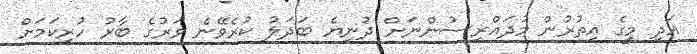
އަދި މީގެ އިތުރުން މުދައްރިސުންނަށް ދުނިޔެ ބަދަލު ކުރެވޭނެ ވަރުގެ ބާރު ހުރިކަމަށް